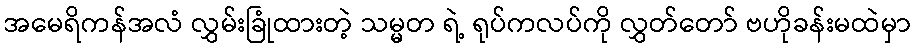
အမေရိကန်အလံ လွှမ်းခြုံထားတဲ့ သမ္မတ ရဲ့ ရုပ်ကလပ်ကို လွှတ်တော် ဗဟိုခန်းမထဲမှာ